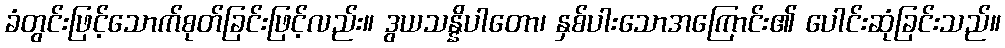
ခံတွင်းဖြင့်သောက်စုတ်ခြင်းဖြင့်လည်း။ ဒွယသန္နိပါတော၊ နှစ်ပါးသောအကြောင်း၏ ပေါင်းဆုံခြင်းသည်။